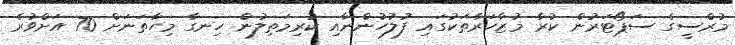
މުރްސީގެ ސަޕޯޓަރުން ކުރާ މުޒާހަރާތަކުގައި ފުލުހުންނާއި ކުރިމަތިލުން ހިނގާ މިހާތަނަށް 70 އަށްވުރެ